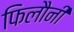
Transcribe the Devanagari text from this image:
फिलौनी